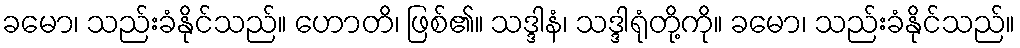
ခမော၊ သည်းခံနိုင်သည်။ ဟောတိ၊ ဖြစ်၏။ သဒ္ဒါနံ၊ သဒ္ဒါရုံတို့ကို။ ခမော၊ သည်းခံနိုင်သည်။